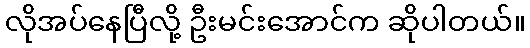
လိုအပ်နေပြီလို့ ဦးမင်းအောင်က ဆိုပါတယ်။